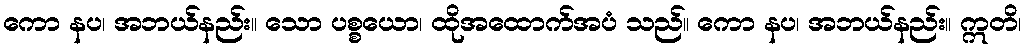
ကော နပ၊ အဘယ်နည်း။ သော ပစ္စယော၊ ထိုအထောက်အပံ သည်။ ကော နပ၊ အဘယ်နည်း။ ဣတိ၊